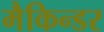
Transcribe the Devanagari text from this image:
मैकिन्डर